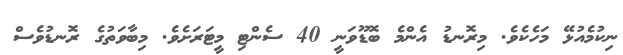
ނިކުމެއުޅޭ މަހެކެވެ. މިރޮނޑު އެންމެ ބޮޑޫވަނީ 40 ސެންޓި މީޓަރަށެވެ. މިބާވަތުގެ ރޮނޑުވެސް